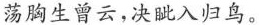
荡胸生曾云，决眦入归鸟。